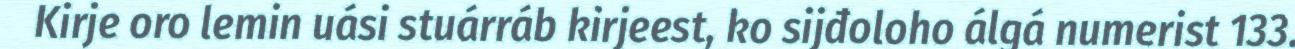
Kirje oro lemin uási stuárráb kirjeest, ko sijđoloho álgá numerist 133.